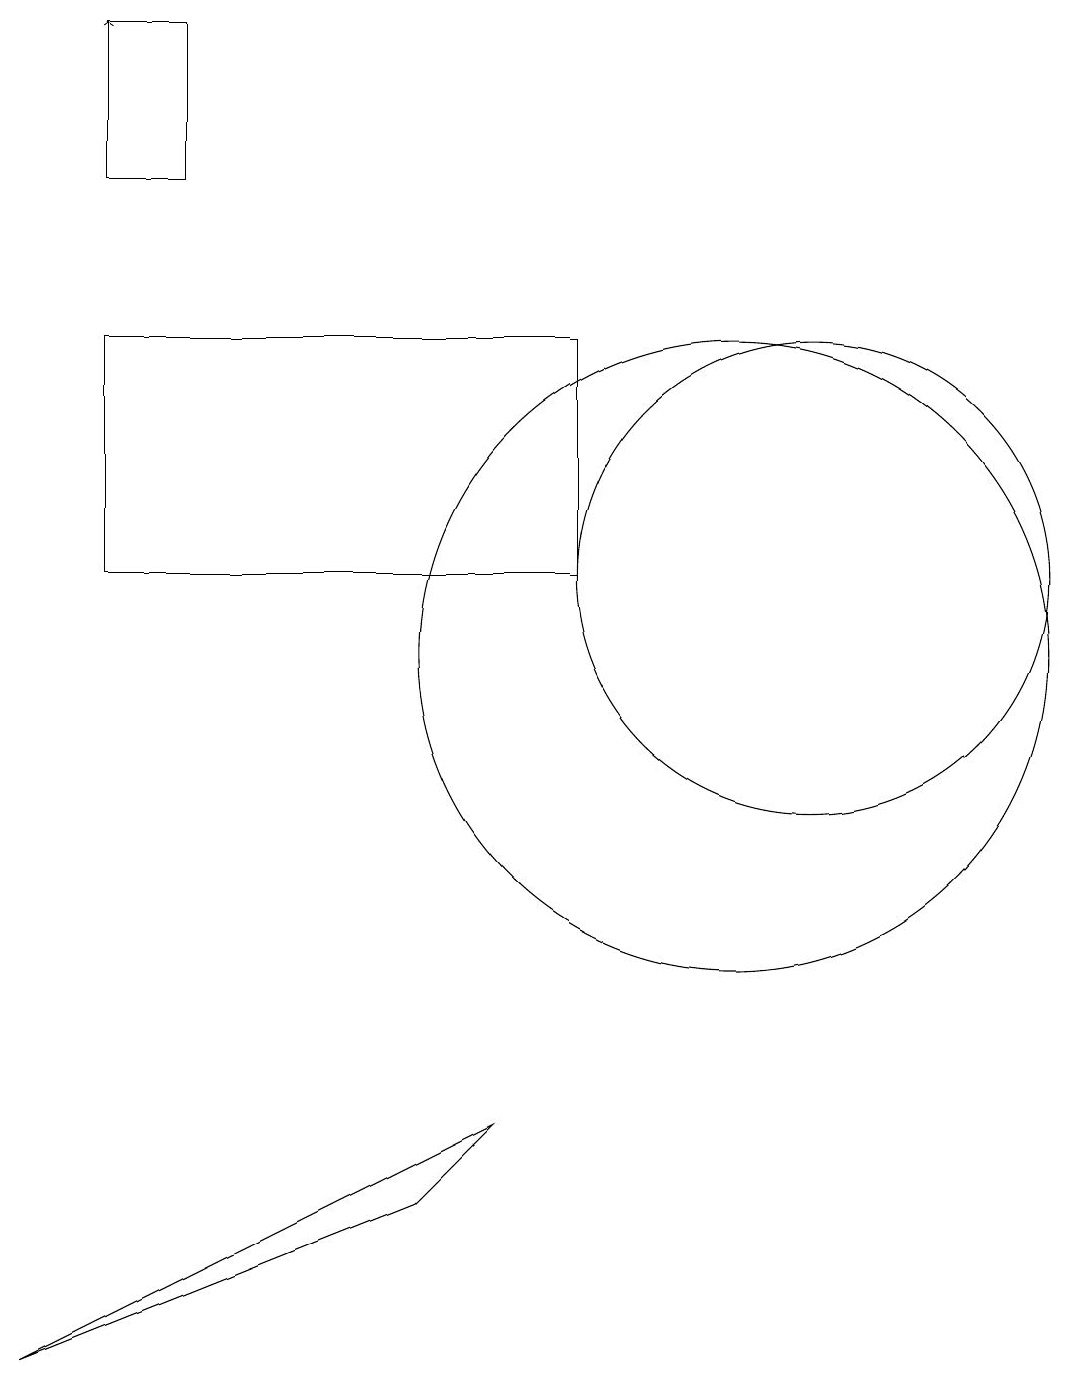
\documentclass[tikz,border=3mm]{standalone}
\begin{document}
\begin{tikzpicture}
\draw (11,10) circle (4);
\draw[->] (3,17) -- (3,18);
\draw (3,18) rectangle (4,16);
\draw (2,1) -- (8,4) -- (7,3) -- cycle;
\draw (12,11) circle (3);
\draw (9,14) rectangle (3,11);
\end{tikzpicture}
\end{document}